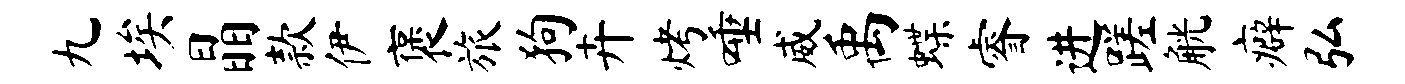
九埃晶款伊褒旅狗卉烤唾威禹蝶睿进蹉觥癖弘